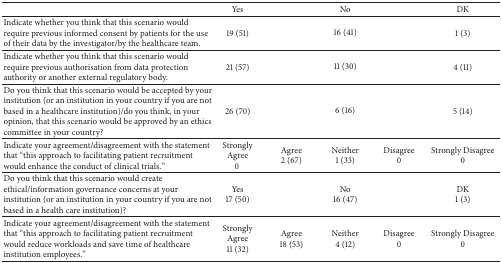
<table><thead><tr><td><b> </b></td><td><b>Yes</b></td><td colspan="3"><b>No</b></td><td><b>DK</b></td></tr></thead><tbody><tr><td>Indicate whether you think that this scenario would require previous informed consent by patients for the use of their data by the investigator/by the healthcare team.</td><td>19 (51)</td><td colspan="3">16 (41)</td><td>1 (3)</td></tr><tr><td>Indicate whether you think that this scenario would require previous authorisation from data protection authority or another external regulatory body.</td><td>21 (57)</td><td colspan="3">11 (30)</td><td>4 (11)</td></tr><tr><td>Do you think that this scenario would be accepted by your institution (or an institution in your country if you are not based in a healthcare institution)/do you think, in your opinion, that this scenario would be approved by an ethics committee in your country?</td><td>26 (70)</td><td colspan="3">6 (16)</td><td>5 (14)</td></tr><tr><td>Indicate your agreement/disagreement with the statement that “this approach to facilitating patient recruitment would enhance the conduct of clinical trials.”</td><td>Strongly Agree0 </td><td>Agree2 (67)</td><td>Neither1 (33)</td><td>Disagree0</td><td>Strongly Disagree0</td></tr><tr><td>Do you think that this scenario would create ethical/information governance concerns at your institution (or an institution in your country if you are not based in a health care institution)?</td><td>Yes17 (50)</td><td> </td><td>No16 (47)</td><td> </td><td>DK1 (3)</td></tr><tr><td>Indicate your agreement/disagreement with the statement that “this approach to facilitating patient recruitment would reduce workloads and save time of healthcare institution employees.”</td><td>Strongly Agree11 (32)</td><td>Agree18 (53)</td><td>Neither4 (12)</td><td>Disagree0</td><td>Strongly Disagree0</td></tr></tbody></table>